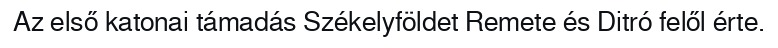
Az első katonai támadás Székelyföldet Remete és Ditró felől érte.